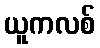
ယူကလစ်